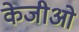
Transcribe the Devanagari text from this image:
केजीओ